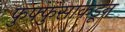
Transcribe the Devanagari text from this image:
फुफ्फुसाकडून